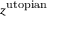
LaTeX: z ^ { \mathrm { u t o p i a n } }